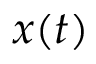
x ( t )